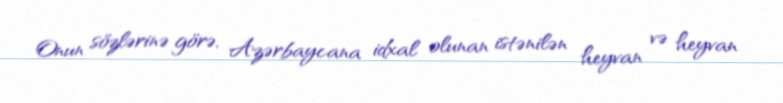
Onun sözlərinə görə, Azərbaycana idxal olunan istənilən heyvan və heyvan